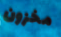
مخزون